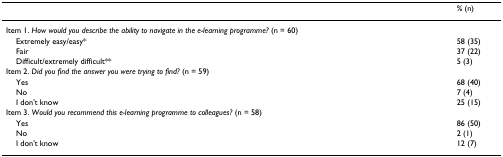
<table><thead><tr><td></td><td><b>% (n)</b></td></tr></thead><tbody><tr><td>Item 1. <i>How would you describe the ability to navigate in the e-learning programme? </i>(n = 60)</td><td></td></tr><tr><td> Extremely easy/easy*</td><td>58 (35)</td></tr><tr><td> Fair</td><td>37 (22)</td></tr><tr><td> Difficult/extremely difficult**</td><td>5 (3)</td></tr><tr><td>Item 2. <i>Did you find the answer you were trying to find? </i>(n = 59)</td><td></td></tr><tr><td> Yes</td><td>68 (40)</td></tr><tr><td> No</td><td>7 (4)</td></tr><tr><td> I don&#x27;t know</td><td>25 (15)</td></tr><tr><td>Item 3. <i>Would you recommend this e-learning programme to colleagues? </i>(n = 58)</td><td></td></tr><tr><td> Yes</td><td>86 (50)</td></tr><tr><td> No</td><td>2 (1)</td></tr><tr><td> I don&#x27;t know</td><td>12 (7)</td></tr></tbody></table>